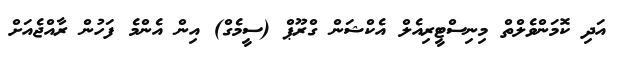
އަދި ކޮމަންވެލްތް މިނިސްޓީރިއެލް އެކްޝަން ގްރޫޕް (ސީމެގް) އިން އެންމެ ފަހުން ރާއްޖެއަށް